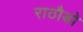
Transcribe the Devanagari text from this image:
राठौडो